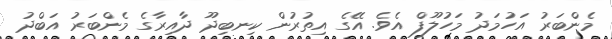
މެންބަރު އަހުމަދު މަހުލޫފް އެވެ. އޭގެ އިތުރުން ކިނބިދޫ ދާއިރާގެ މެންބަރު އަބްދު